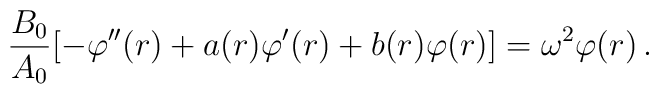
{B_0\over A_0}[-\varphi''(r) +a(r)\varphi'(r)+b(r)\varphi (r)]=\omega^2\varphi (r)\,.